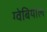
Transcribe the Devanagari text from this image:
ग्वेबियोल